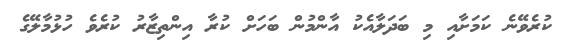
ކުރެވޭނެ ކަމަށާއި މި ބަދަލާއެކު އާންމުން ބަހަށް ކުރާ އިންތިޒާރު ކުރެވެ ހުޅުމާލޭގެ